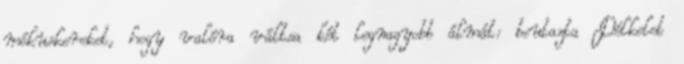
mókuskereket, hogy valóra váltsa két legnagyobb álmát: beutazta Délkelet